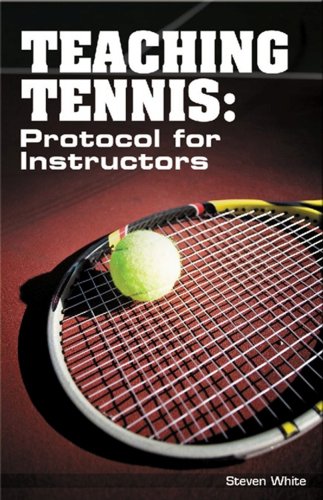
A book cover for Teaching Tennis: Protocol for Instructors; Steven White; Sports & Outdoors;